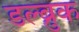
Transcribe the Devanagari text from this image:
डल्ब्रुक